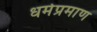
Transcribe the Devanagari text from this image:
धर्मप्रमाण